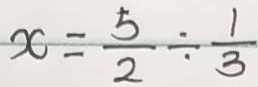
x = \frac { 5 } { 2 } \div \frac { 1 } { 3 }